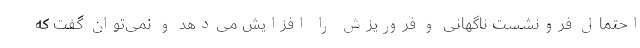
احتمال فرونشست ناگهانی و فروریزش را افزایش می‌دهد و نمی‌توان گفت که